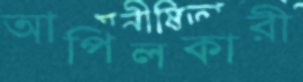
আপিলকারী